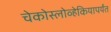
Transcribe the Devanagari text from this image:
चेकोस्लोव्हेकियापर्यंत